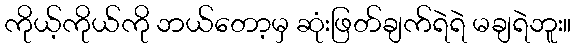
ကိုယ့်ကိုယ်ကို ဘယ်တော့မှ ဆုံးဖြတ်ချက်ရဲရဲ မချရဲဘူး။